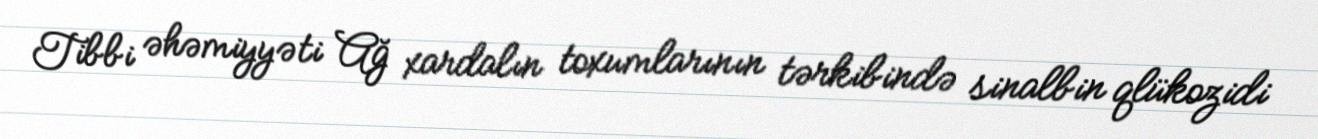
Tibbi əhəmiyyəti Ağ xardalın toxumlarının tərkibində sinalbin qlükozidi